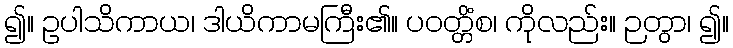
၍။ ဥပါသိကာယ၊ ဒါယိကာမကြီး၏။ ပဝတ္တိံစ၊ ကိုလည်း။ ဉတွာ၊ ၍။